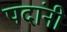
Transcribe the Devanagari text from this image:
पदांनी